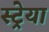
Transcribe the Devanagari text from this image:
स्ट्रेया